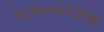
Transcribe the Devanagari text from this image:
९८९००६२३५७